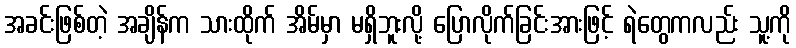
အခင်းဖြစ်တဲ့ အချိန်က သားထိုက် အိမ်မှာ မရှိဘူးလို့ ပြောလိုက်ခြင်းအားဖြင့် ရဲတွေကလည်း သူ့ကို